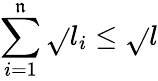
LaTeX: \sum_{i=1}^{\mathfrak{n}}\sqrt{}{{l_{i}}}\leq\sqrt{}{{l}}